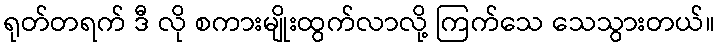
ရုတ်တရက် ဒီ လို စကားမျိုးထွက်လာလို့ ကြက်သေ သေသွားတယ်။